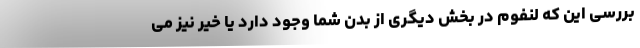
بررسی این که لنفوم در بخش دیگری از بدن شما وجود دارد یا خیر نیز می